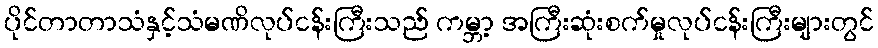
ပိုင်တာတာသံနှင့်သံမဏိလုပ်ငန်းကြီးသည် ကမ္ဘာ့ အကြီးဆုံးစက်မှုလုပ်ငန်းကြီးများတွင်